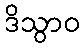
ဒိသွာဝ